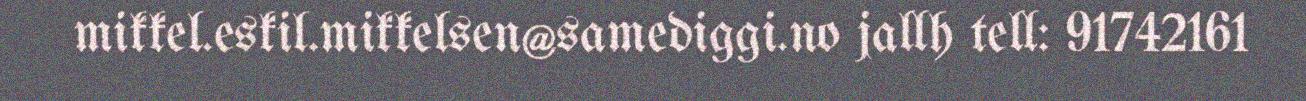
mikkel.eskil.mikkelsen@samediggi.no jallh tell: 91742161